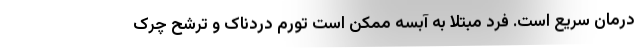
درمان سریع است. فرد مبتلا به آبسه ممکن است تورم دردناک و ترشح چرک